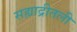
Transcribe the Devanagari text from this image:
सह्याद्रीतली